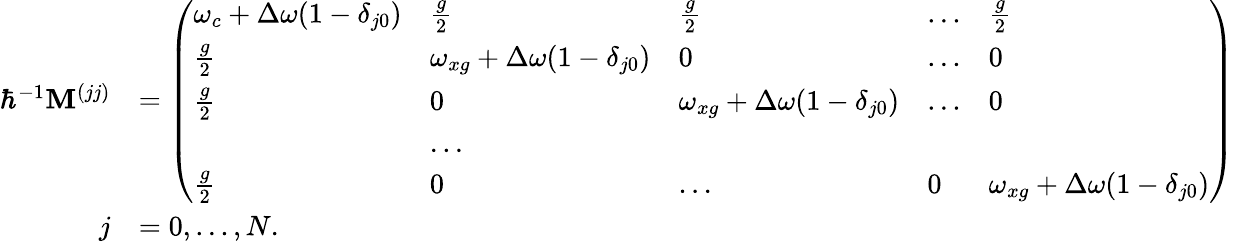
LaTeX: \begin{array}{rl}{\hbar^{-1}\mathbf{M}^{(jj)}}&{=\left(\begin{array}{lllll}{\omega_{c}+\Delta\omega(1-\delta_{j0})}&{\frac{g}{2}}&{\frac{g}{2}}&{...}&{\frac{g}{2}}\\ {\frac{g}{2}}&{\omega_{xg}+\Delta\omega(1-\delta_{j0})}&{0}&{...}&{0}\\ {\frac{g}{2}}&{0}&{\omega_{xg}+\Delta\omega(1-\delta_{j0})}&{...}&{0}\\ &{...}\\ {\frac{g}{2}}&{0}&{...}&{0}&{\omega_{xg}+\Delta\omega(1-\delta_{j0})}\end{array}\right)}\\ {j}&{=0,...,N.}\end{array}